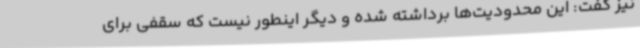
نیز گفت: این محدودیت‌ها برداشته شده و دیگر اینطور نیست که سقفی برای